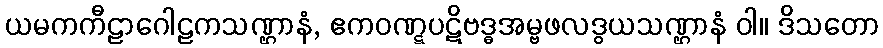
ယမကကီဠာဂေါဠကသဏ္ဌာနံ, ဧကဝဏ္ဋပဋိဗဒ္ဓအမ္ဗဖလဒွယသဏ္ဌာနံ ဝါ။ ဒိသတော